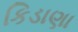
કિડાણા